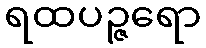
ရထပဉ္ဇရော